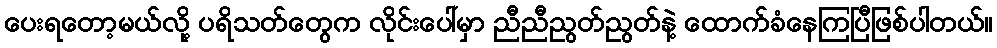
ပေးရတော့မယ်လို့ ပရိသတ်တွေက လိုင်းပေါ်မှာ ညီညီညွတ်ညွတ်နဲ့ ထောက်ခံနေကြပြီဖြစ်ပါတယ်။